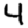
Digit: 4